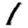
Digit: 1